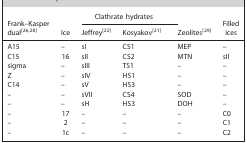
<table><thead><tr><td rowspan="2"><b>Frank–Kasper dual26, 28</b></td><td rowspan="2"><b>Ice</b></td><td colspan="2"><b>Clathrate hydrates</b></td><td rowspan="2"><b>Zeolites29</b></td><td rowspan="2"><b>Filled ices</b></td></tr><tr><td><b>Jeffrey22</b></td><td><b>Kosyakov21</b></td></tr></thead><tbody><tr><td>A15</td><td>–</td><td>sI</td><td>CS1</td><td>MEP</td><td>–</td></tr><tr><td>C15</td><td>16</td><td>sII</td><td>CS2</td><td>MTN</td><td>sII</td></tr><tr><td>sigma</td><td>–</td><td>sIII</td><td>TS1</td><td>–</td><td>–</td></tr><tr><td>Z</td><td>–</td><td>sIV</td><td>HS1</td><td>–</td><td>–</td></tr><tr><td>C14</td><td>–</td><td>sV</td><td>HS3</td><td>–</td><td>–</td></tr><tr><td>–</td><td>–</td><td>sVII</td><td>CS4</td><td>SOD</td><td>–</td></tr><tr><td>–</td><td>–</td><td>sH</td><td>HS3</td><td>DOH</td><td>–</td></tr><tr><td>–</td><td>17</td><td>–</td><td>–</td><td>–</td><td>C0</td></tr><tr><td>–</td><td>2</td><td>–</td><td>–</td><td>–</td><td>C1</td></tr><tr><td>–</td><td>1c</td><td>–</td><td>–</td><td>–</td><td>C2</td></tr></tbody></table>